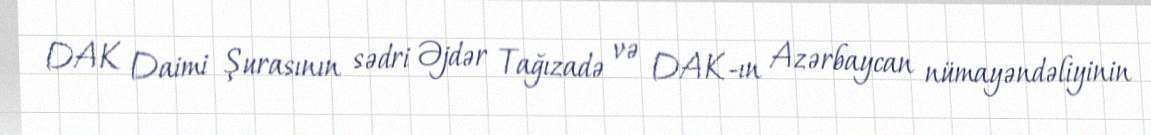
DAK Daimi Şurasının sədri Əjdər Tağızadə və DAK-ın Azərbaycan nümayəndəliyinin